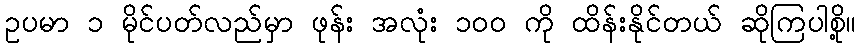
ဥပမာ ၁ မိုင်ပတ်လည်မှာ ဖုန်း အလုံး ၁၀၀ ကို ထိန်းနိုင်တယ် ဆိုကြပါစို့။